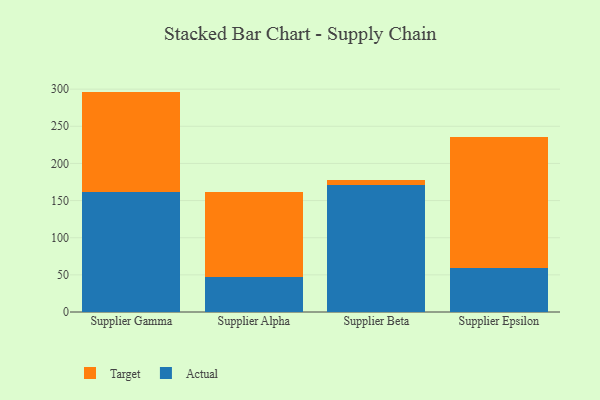
{"axis": {"x": "Supplier", "y": "Net Income (USD K)"}, "legend": ["Actual", "Target"], "data": [{"x": "Supplier Gamma", "y": 161.2, "type": "Actual"}, {"x": "Supplier Gamma", "y": 135.5, "type": "Target"}, {"x": "Supplier Alpha", "y": 46.8, "type": "Actual"}, {"x": "Supplier Alpha", "y": 115.0, "type": "Target"}, {"x": "Supplier Beta", "y": 170.6, "type": "Actual"}, {"x": "Supplier Beta", "y": 7.1, "type": "Target"}, {"x": "Supplier Epsilon", "y": 59.2, "type": "Actual"}, {"x": "Supplier Epsilon", "y": 176.2, "type": "Target"}]}